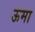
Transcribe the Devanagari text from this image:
ऊमा